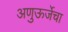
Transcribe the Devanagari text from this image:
अणुऊर्जेचा